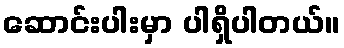
ဆောင်းပါးမှာ ပါရှိပါတယ်။